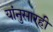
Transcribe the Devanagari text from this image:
यांनुसारही